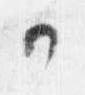
可